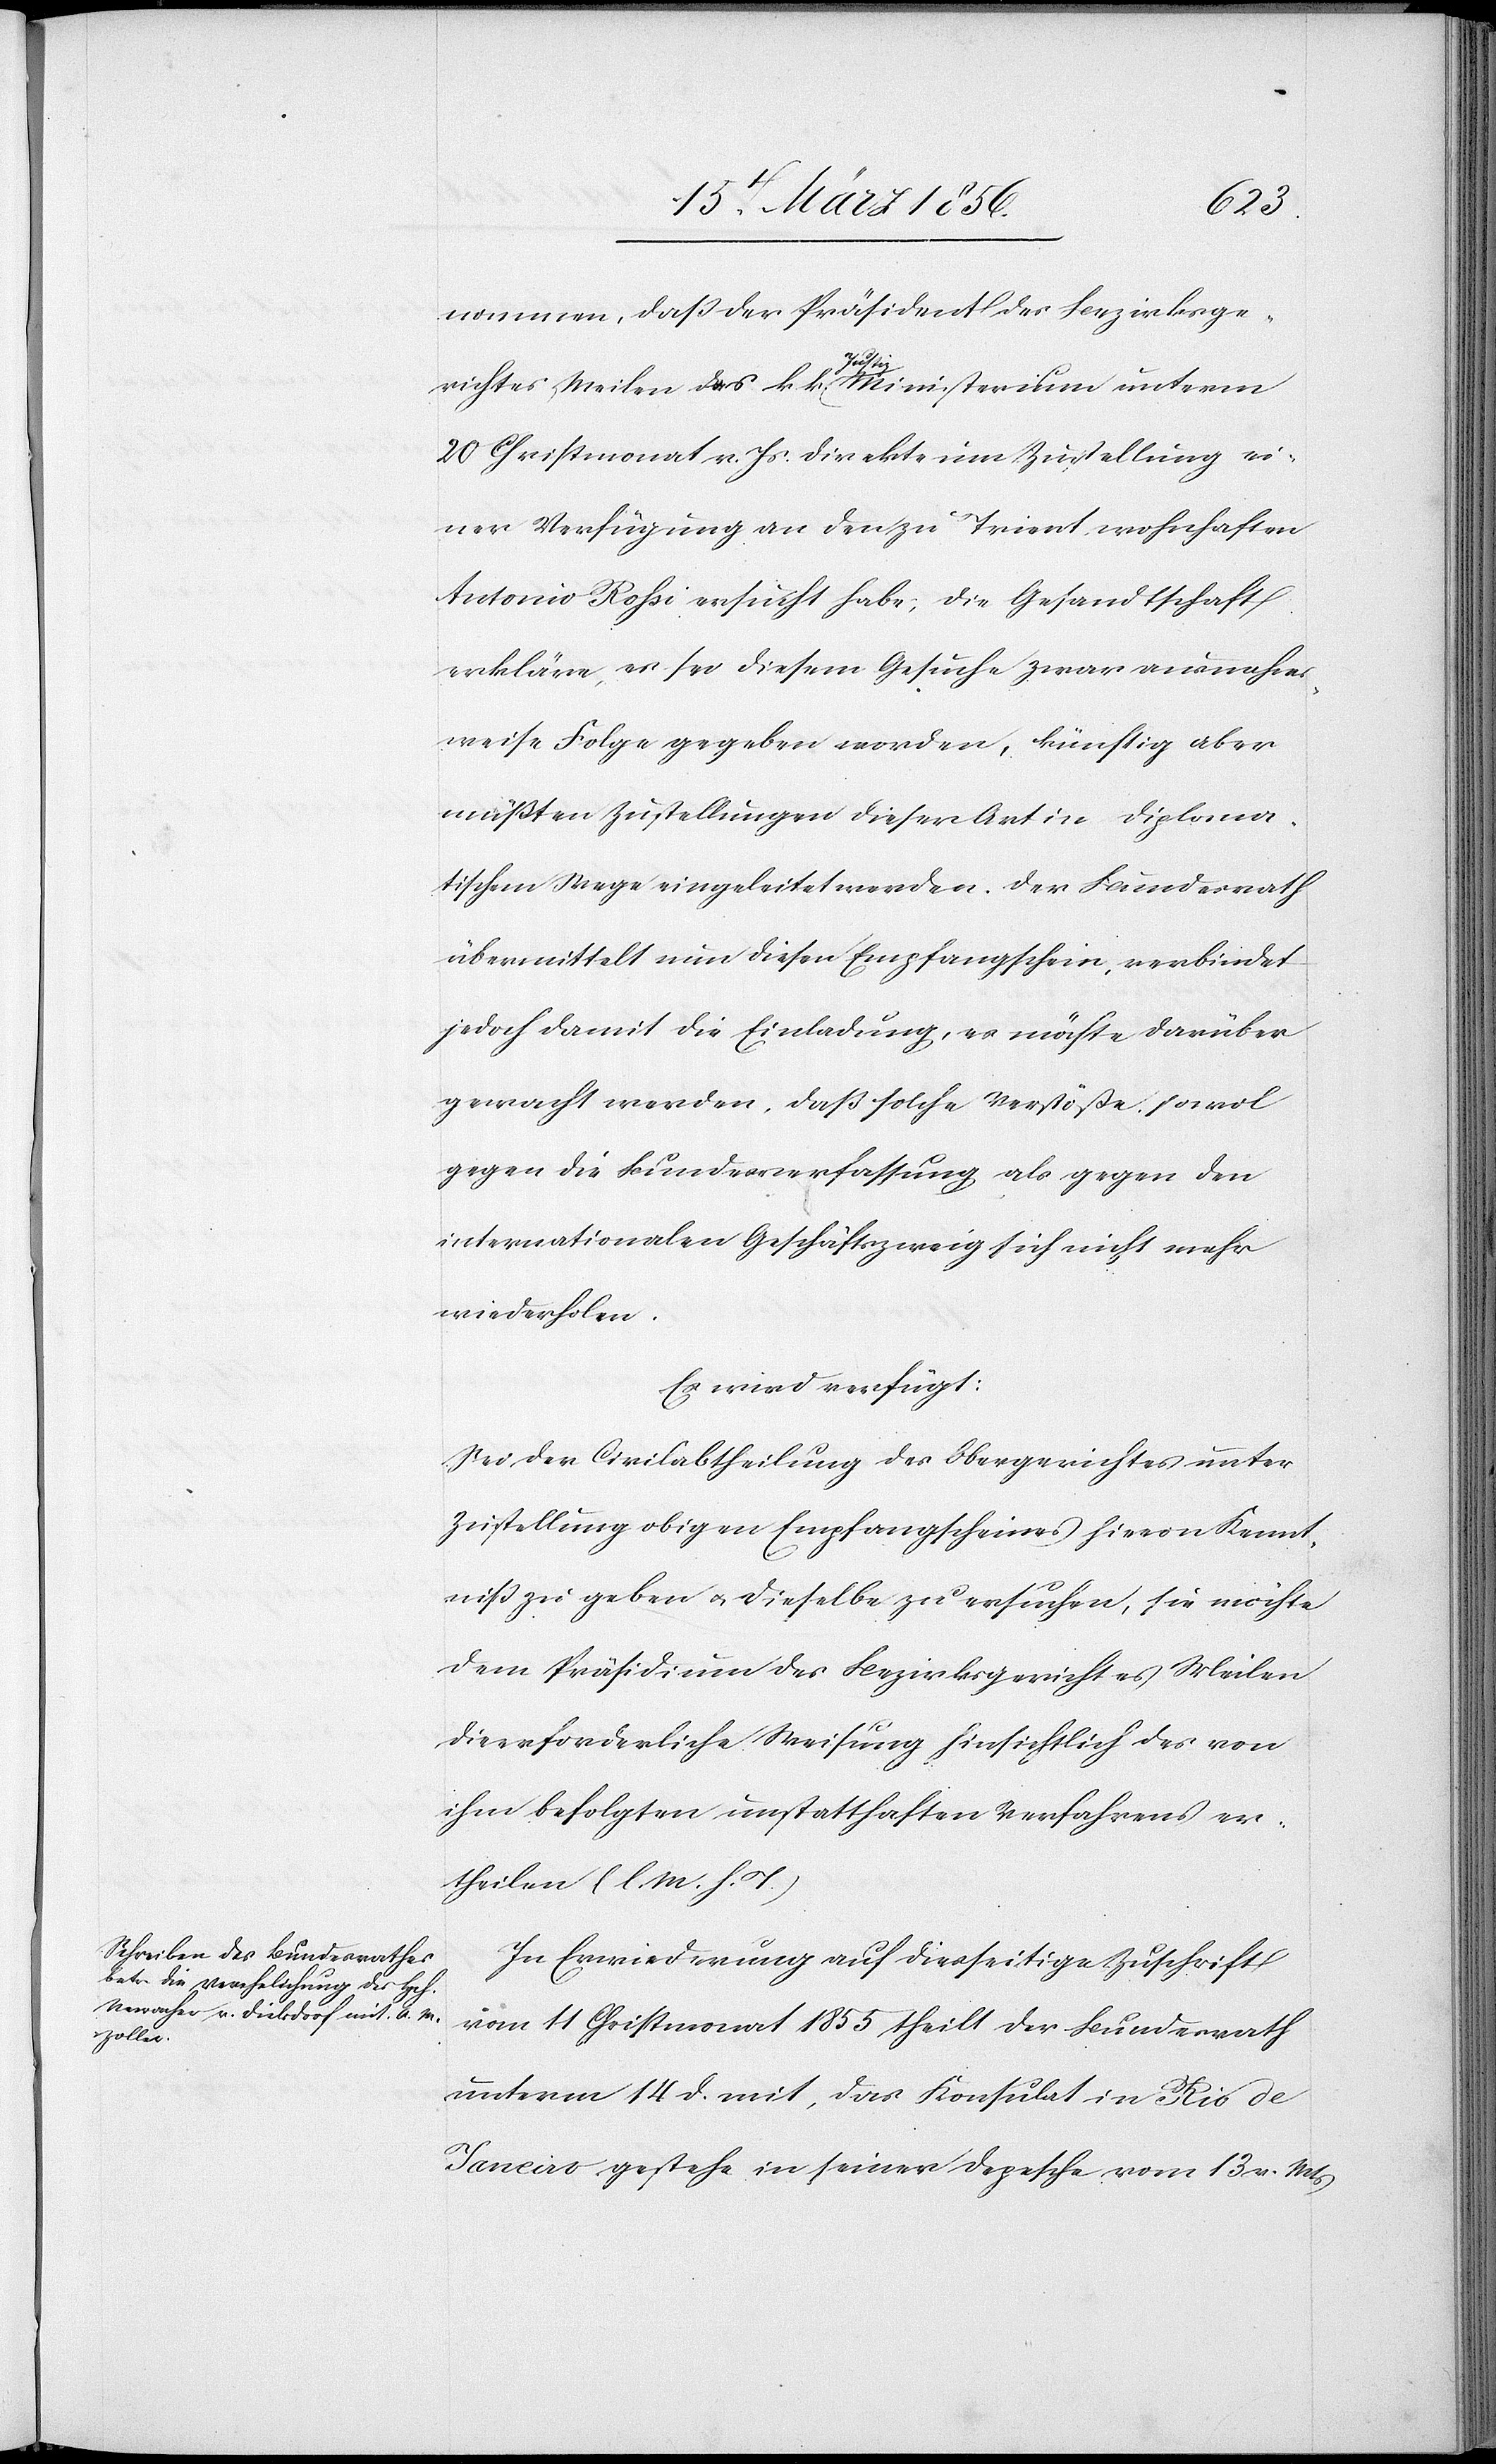
17 März 1856.]
nommen, daß der Präsident des Bezirksge¬
richtes Meilen des k. k. a-Justiz-a Ministerium unterm
20 Christmonat v. Js. direkte um Zustellung ei¬
ner Verfügung an den zu Trient wohnhaften
Antonio Rossi ersucht habe; die Gesandtschaft
erkläre, es sei diesem Gesuche zwar ausnahms¬
weise Folge gegeben worden, künftig aber
müßten Zustellungen dieser Art in diploma¬
tischem Wege eingeleitet werden. Der Bundesrath
übermittelt nun diesen Empfangsschein, verbindet
jedoch damit die Einladung, es möchte darüber
gewacht werden, daß solche Verstöße, sowohl
gegen die Bundesverfassung als gegen den
internationalen Geschäftszweig sich nicht mehr
wiederholen.
Es wird verfügt:
Sei der Civilabtheilung des Obergerichtes unter
Zustellung obigen Empfangscheines hievon Kennt¬
niß zu geben u. dieselbe zu ersuchen, sie möchte
dem Präsidium des Bezirksgerichtes Meilen
die erforderliche Weisung hinsichtlich des von
ihm befolgten unstatthaften Verfahrens er¬
theilen (l. M. h. T.)[.]
In Erwiederung auf diesseitige Zuschrift
vom 11 Christmonat 1855 theilt der Bundesrath
unterm 14 d. mit, das Konsulat in Rio de
Janeiro gestehe in seiner Depesche vom 13 v. Mts